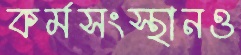
কর্মসংস্থানও